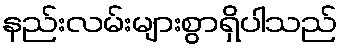
နည်းလမ်းများစွာရှိပါသည်